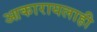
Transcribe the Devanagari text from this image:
आकारायलाही